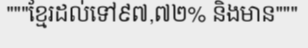
"""ខ្មែរដល់ទៅ៩៧,៧២% និងមាន"""